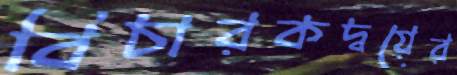
বিচারকদ্বয়ের